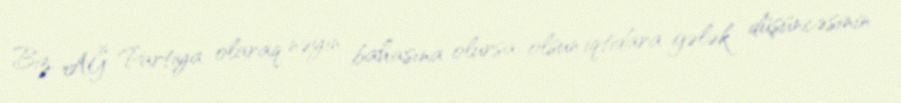
Biz, AĞ Partiya olaraq nəyin bahasına olursa-olsun iqtidara gələk düşüncəsinin